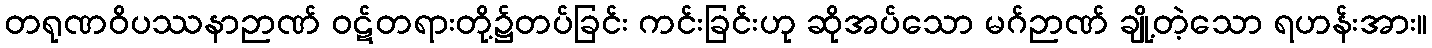
တရုဏဝိပဿနာဉာဏ် ဝဋ်တရားတို့၌တပ်ခြင်း ကင်းခြင်းဟု ဆိုအပ်သော မဂ်ဉာဏ် ချို့တဲ့သော ရဟန်းအား။